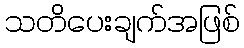
သတိပေးချက်အဖြစ်